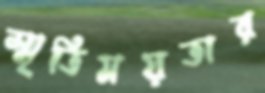
স্মৃতিময়তার